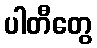
ပါတီတွေ